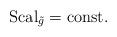
LaTeX: \begin{align*}{\rm Scal}_{\tilde g}={\rm const}.\end{align*}